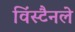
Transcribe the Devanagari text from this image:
विंस्टैनले